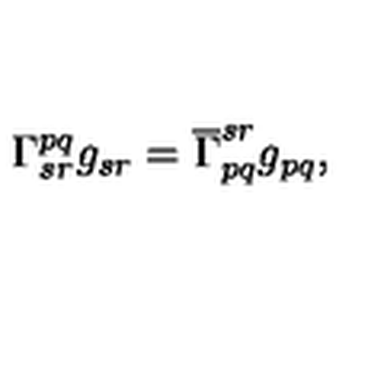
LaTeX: \Gamma _ { s r } ^ { p q } g _ { s r } = \overline { { \Gamma } } _ { p q } ^ { s r } g _ { p q } ,